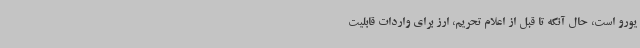
یورو است، حال آنکه تا قبل از اعلام تحریم، ارز برای واردات قابلیت